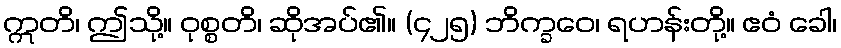
ဣတိ၊ ဤသို့။ ဝုစ္စတိ၊ ဆိုအပ်၏။ (၄၂၅) ဘိက္ခဝေ၊ ရဟန်းတို့။ ဧဝံ ခေါ၊